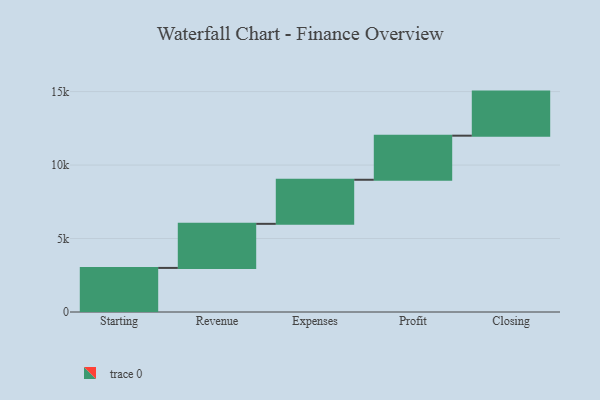
{"axis": {"x": "Step", "y": "Value"}, "legend": [""], "data": [{"x": "Starting", "y": 3000, "type": ""}, {"x": "Revenue", "y": 3000, "type": ""}, {"x": "Expenses", "y": 3000, "type": ""}, {"x": "Profit", "y": 3000, "type": ""}, {"x": "Closing", "y": 3000, "type": ""}]}